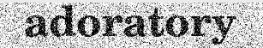
adoratory